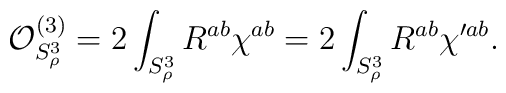
{\cal O}^{(3)}_{S^3_\rho}=2\int_{S^3_\rho}R^{ab}\chi^{ab}=2\int_{S^3_\rho}R^{ab}\chi^{\prime ab}.